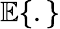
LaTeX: \mathbb{E}\{ .\}